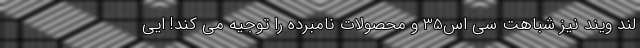
لند ویند نیز شباهت سی اس35 و محصولات نامبرده را توجیه می کند! ایی